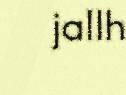
jallh